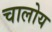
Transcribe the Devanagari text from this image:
चालोय